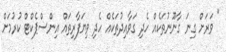
" ވަރަށް ގިނަ ގާނޫނުތަކެއް ހެދި ގަވާއިދުތަކެއް ހެދި ވިޔަފާރިތައް އިންސްޕެކްޓް ކުރުމަށް